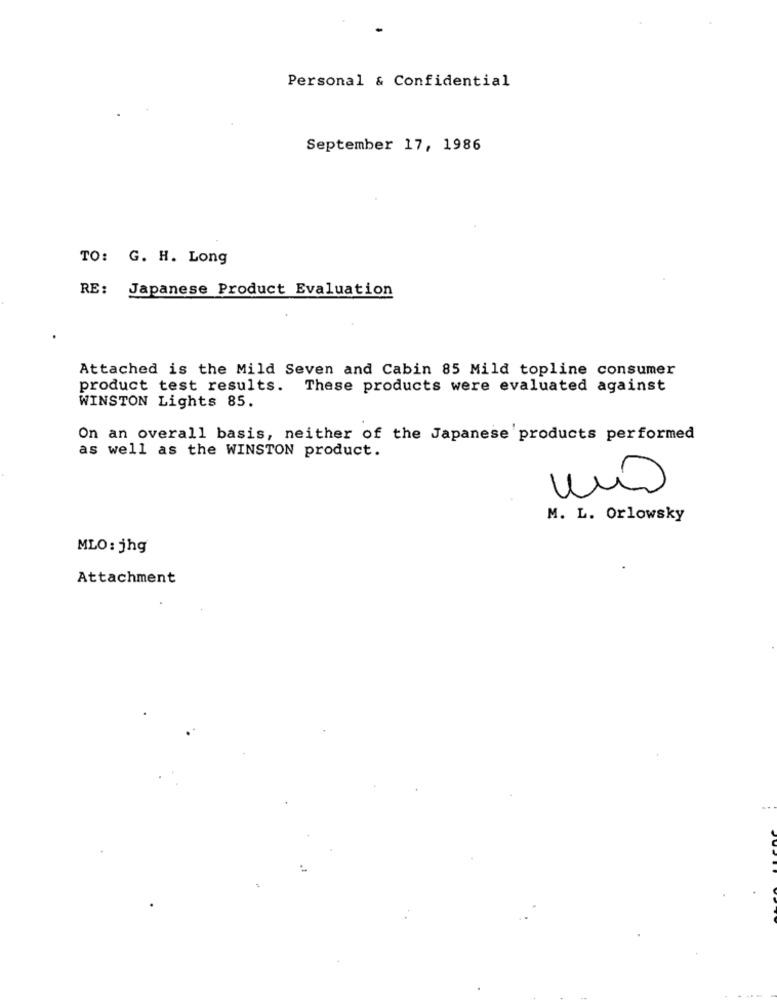
Personal & Confidential
September 17, 1986
TO: G. H. Long
RE: Japanese Product Evaluation
Attached is the Mild Seven and Cabin 85 Mild topline consumer
product test results. These products were evaluated against
WINSTON Lights 85.
On an overall basis, neither of the Japanese products performed
as well as the WINSTON product.
M. L. Orlowsky
MLO: jhg
Attachment